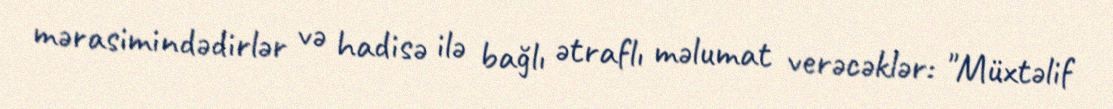
mərasimindədirlər və hadisə ilə bağlı ətraflı məlumat verəcəklər: "Müxtəlif